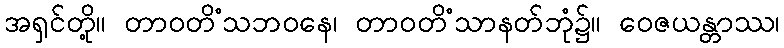
အရှင်တို့။ တာဝတိံသဘဝနေ၊ တာဝတိံသာနတ်ဘုံ၌။ ဝေဇယန္တာဿ၊